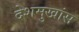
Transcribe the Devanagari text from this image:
देशमुखांस